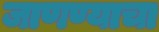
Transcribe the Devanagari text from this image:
जाणण्याचा